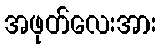
အဖုတ်လေးအား